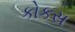
કોકસ